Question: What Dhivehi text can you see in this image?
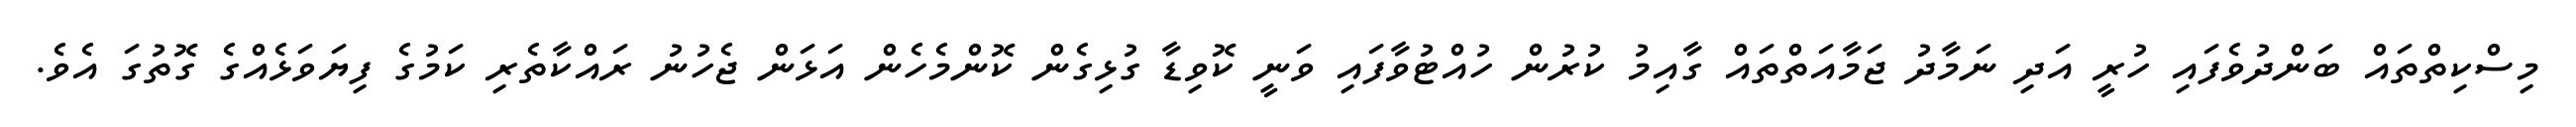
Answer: މިސްކިތްތައް ބަންދުވެފައި ހުރީ އަދި ނަމާދު ޖަމާއަތްތައް ގާއިމު ކުރުން ހުއްޓުވާފައި ވަނީ ކޮވިޑާ ގުޅިގެން ކޮންމެހެން އަޅަން ޖެހުނު ރައްކާތެރި ކަމުގެ ފިޔަވަޅެއްގެ ގޮތުގަ އެވެ.